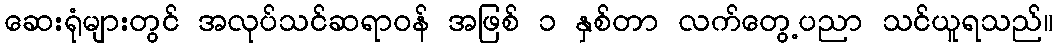
ဆေးရုံများတွင် အလုပ်သင်ဆရာဝန် အဖြစ် ၁ နှစ်တာ လက်တွေ့ပညာ သင်ယူရသည်။